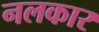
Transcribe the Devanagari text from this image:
नलकार